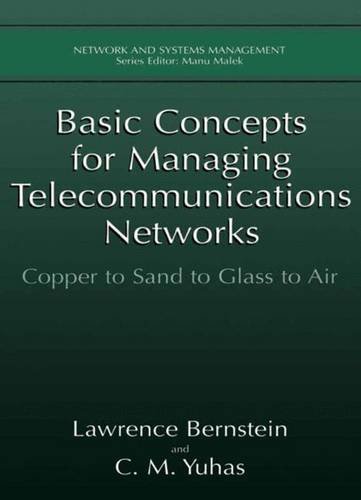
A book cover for Basic Concepts for Managing Telecommunications Networks: Copper to Sand to Glass to Air (Network and Systems Management); Lawrence Bernstein; Law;